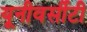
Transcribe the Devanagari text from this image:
यूनीवर्सीटी